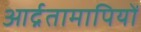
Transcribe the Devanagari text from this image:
आर्द्रतामापियों